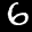
Digit: 6